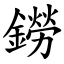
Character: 鐒